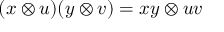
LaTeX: ( x \otimes u ) ( y \otimes v ) = x y \otimes u v